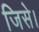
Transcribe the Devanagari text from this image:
जिसे।